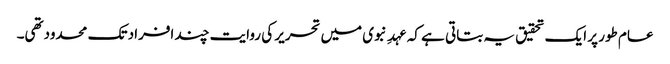
عام طور پر ایک تحقیق یہ بتاتی ہے کہ عہدِ نبوی میں تحریر کی روایت چند افراد تک محدودتھی۔